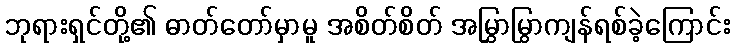
ဘုရားရှင်တို့၏ ဓာတ်တော်မှာမူ အစိတ်စိတ် အမြွှာမြွာကျန်ရစ်ခဲ့ကြောင်း